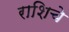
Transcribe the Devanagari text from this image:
राशिचे